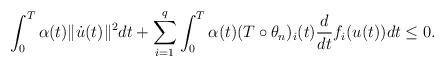
LaTeX: \begin{align*}\int_0^T \alpha (t)\| \dot u(t)\|^2 dt + \sum_{i=1}^{q} \int_0^T \alpha (t) (T\circ \theta_{n})_i(t) \frac{d}{dt} f_{i} (u(t)) dt \leq 0.\end{align*}